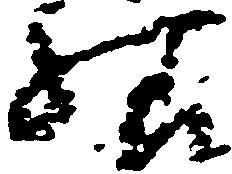
様